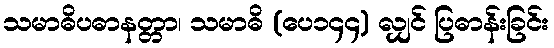
သမာဓိပဓာနတ္တာ၊ သမာဓိ (ပေ၁၄၄) လျှင် ပြဓာန်းခြင်း